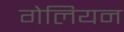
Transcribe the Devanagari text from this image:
गेलियन